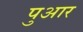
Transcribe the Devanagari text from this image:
पुआर